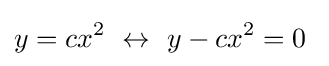
y=cx^{2}\ \leftrightarrow \ y-cx^{2}=0\